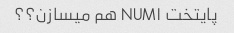
پایتخت NUM۱ هم میسازن؟؟